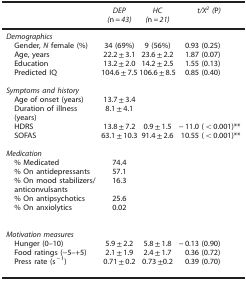
<table><thead><tr><td><b> </b></td><td><b><i>DEP (</i>n<i>=43)</i></b></td><td><b><i>HC (</i>n<i>=21)</i></b></td><td><b><i>t/X<sup>2</sup> (</i>P<i>)</i></b></td></tr></thead><tbody><tr><td colspan="4"><i>Demographics</i></td></tr><tr><td> Gender, <i>N</i> female (%)</td><td>34 (69%)</td><td>9 (56%)</td><td>0.93 (0.25)</td></tr><tr><td> Age, years</td><td>22.2±3.1</td><td>23.6±2.2</td><td>1.87 (0.07)</td></tr><tr><td> Education</td><td>13.2±2.0</td><td>14.2±2.5</td><td>1.55 (0.13)</td></tr><tr><td> Predicted IQ</td><td>104.6±7.5</td><td>106.6±8.5</td><td>0.85 (0.40)</td></tr><tr><td> </td><td> </td><td> </td><td> </td></tr><tr><td colspan="4"><i>Symptoms and history</i></td></tr><tr><td> Age of onset (years)</td><td>13.7±3.4</td><td> </td><td> </td></tr><tr><td> Duration of illness (years)</td><td>8.1±4.1</td><td> </td><td> </td></tr><tr><td> HDRS</td><td>13.8±7.2</td><td>0.9±1.5</td><td>−11.0 (&lt;0.001)**</td></tr><tr><td> SOFAS</td><td>63.1±10.3</td><td>91.4±2.6</td><td>10.55 (&lt;0.001)**</td></tr><tr><td> </td><td> </td><td> </td><td> </td></tr><tr><td colspan="4"><i>Medication</i></td></tr><tr><td> % Medicated</td><td>74.4</td><td> </td><td> </td></tr><tr><td> % On antidepressants</td><td>57.1</td><td> </td><td> </td></tr><tr><td> % On mood stabilizers/anticonvulsants</td><td>16.3</td><td> </td><td> </td></tr><tr><td> % On antipsychotics</td><td>25.6</td><td> </td><td> </td></tr><tr><td> % On anxiolytics</td><td>0.02</td><td> </td><td> </td></tr><tr><td> </td><td> </td><td> </td><td> </td></tr><tr><td colspan="4"><i>Motivation measures</i></td></tr><tr><td> Hunger (0–10)</td><td>5.9±2.2</td><td>5.8±1.8</td><td>−0.13 (0.90)</td></tr><tr><td> Food ratings (−5–+5)</td><td>2.1±1.9</td><td>2.4±1.7</td><td>0.36 (0.72)</td></tr><tr><td> Press rate (s<sup>−1</sup>)</td><td>0.71±0.2</td><td>0.73±0.2</td><td>0.39 (0.70)</td></tr><tr><td> </td><td> </td><td> </td><td> </td></tr></tbody></table>